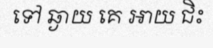
ទៅ ឆ្ងាយ គេ អាយ ជិះ